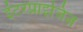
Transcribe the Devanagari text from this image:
इंटरप्राइजिज़